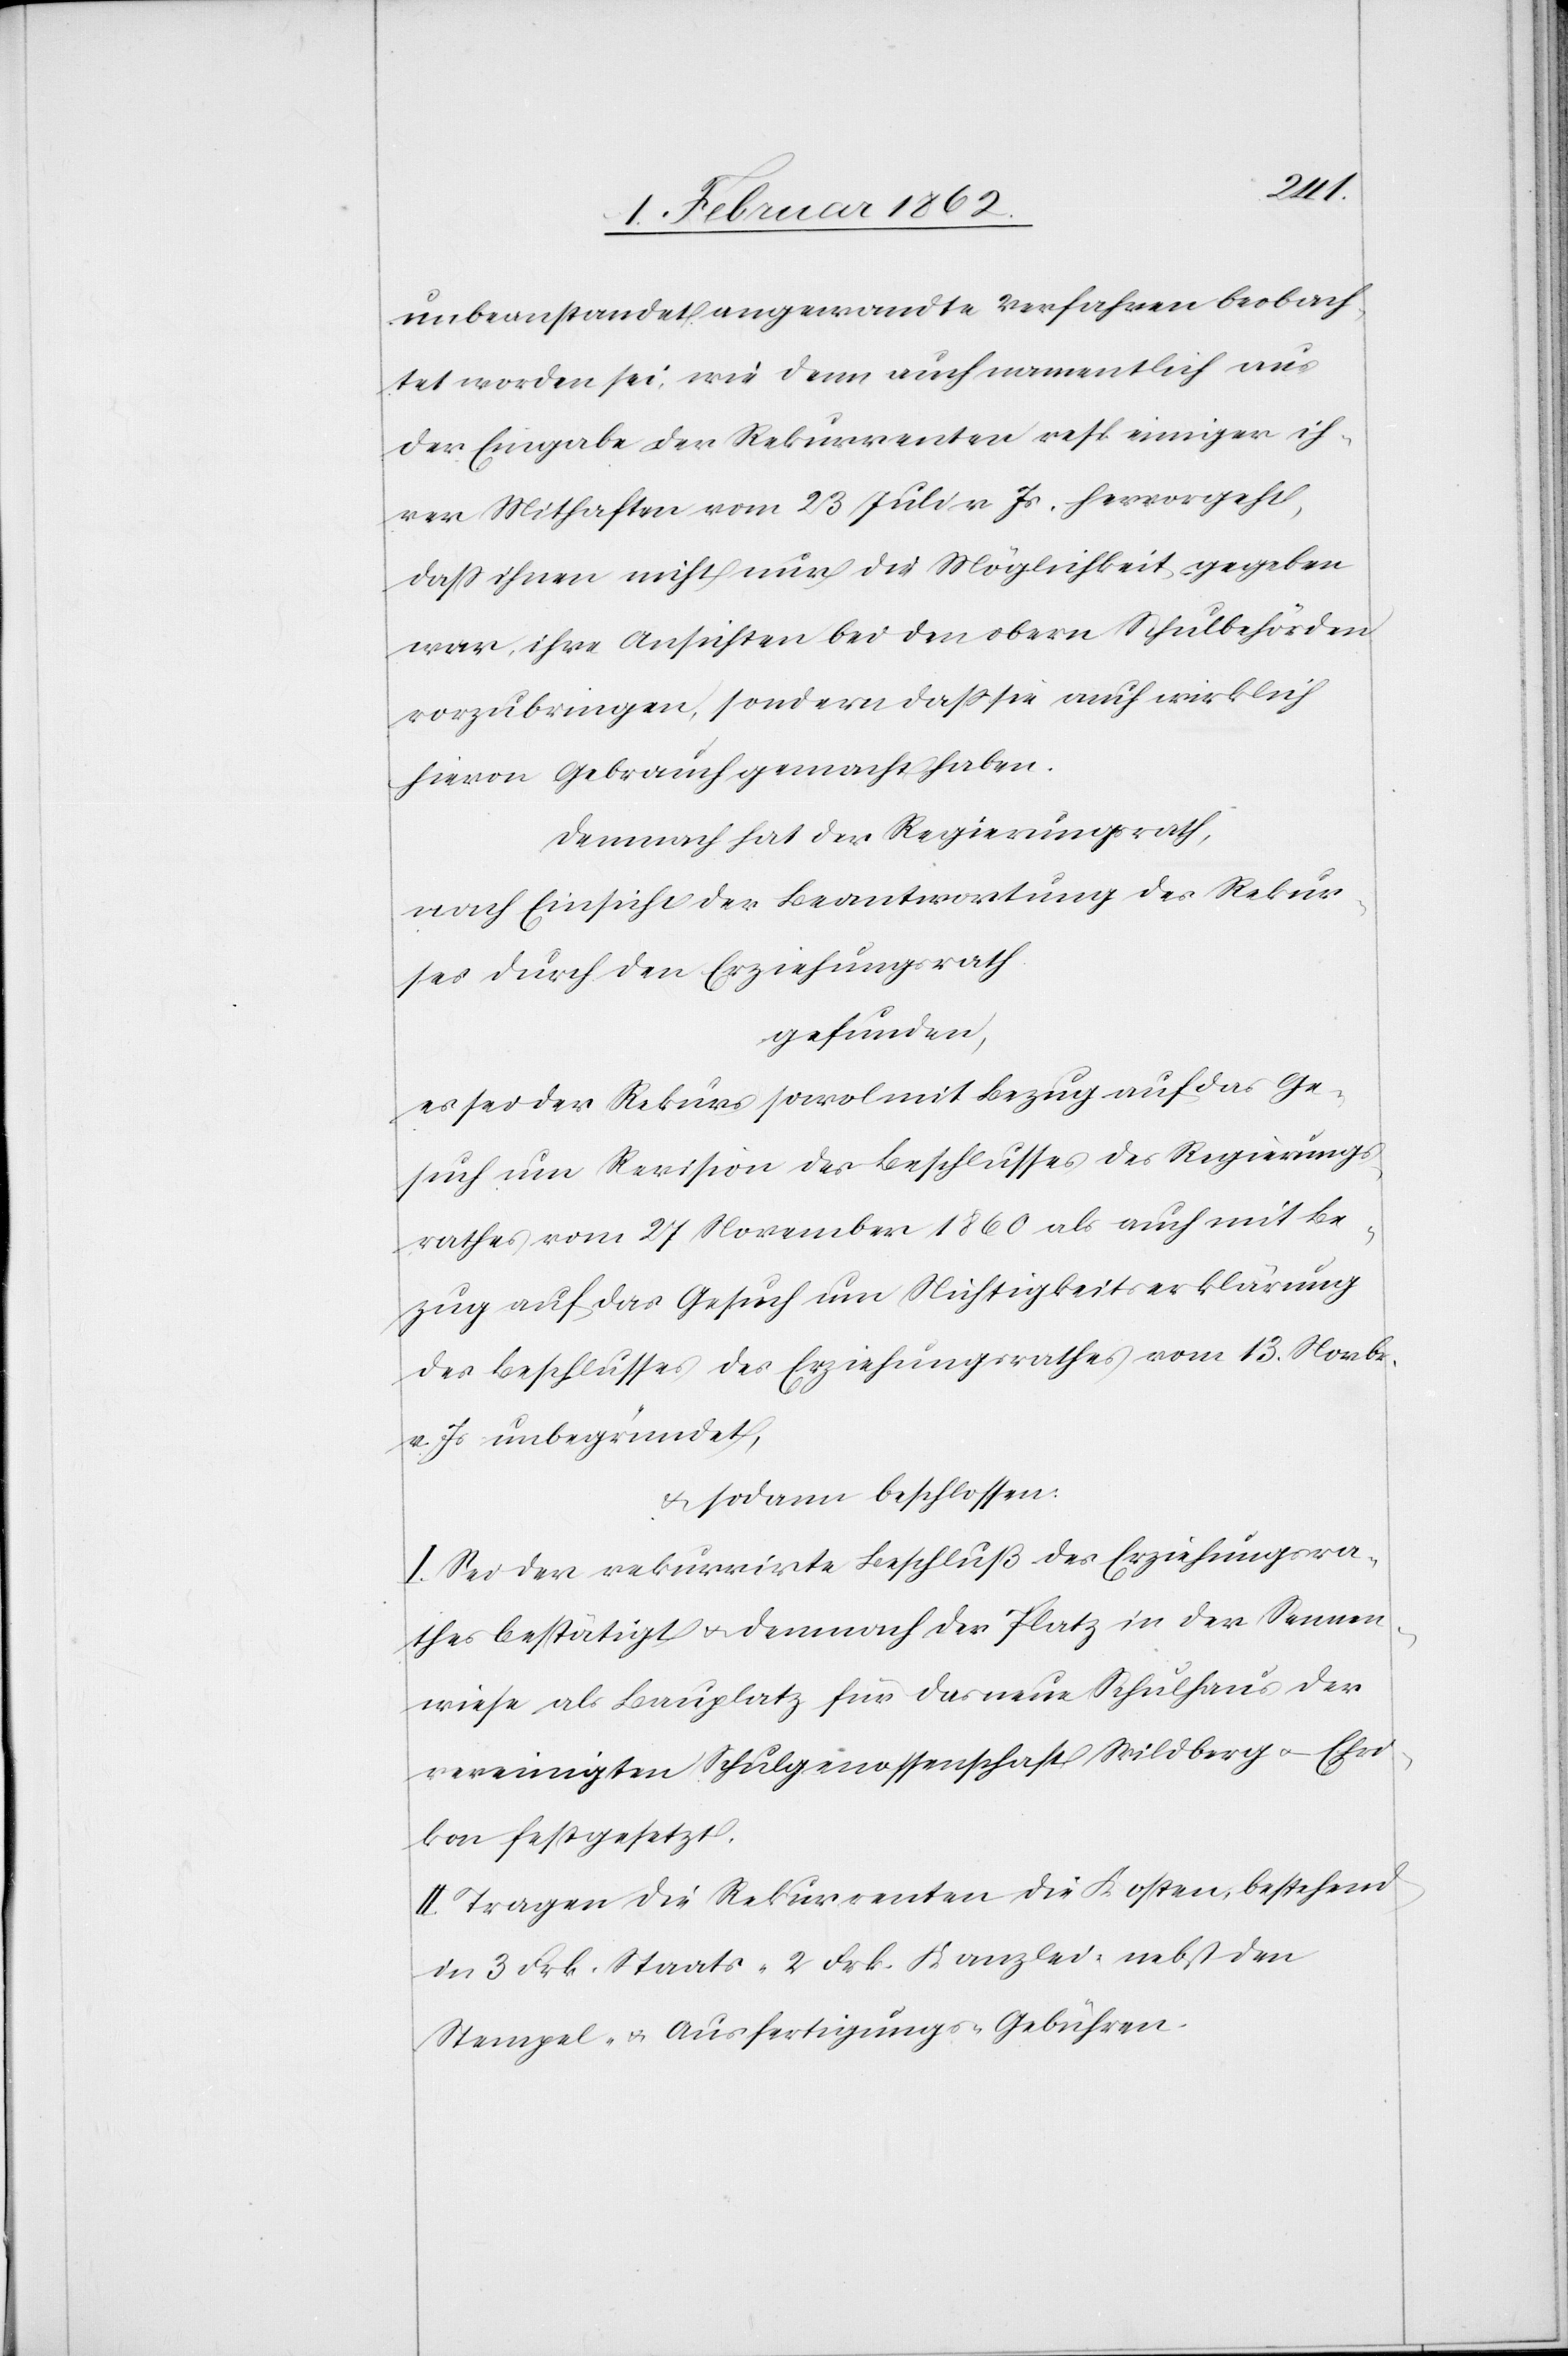
unbeanstandet angewandte Verfahren beobach¬
tet worden sei, wie denn namentlich aus
der Eingabe der Rekurrenten resp einiger ih¬
rer Mithaften vom 23 Juli v Js. hervorgeht,
daß ihnen nicht nur die Möglichkeit gegeben
war, ihre Ansichten bei obern Schulbehörden
vorzubringen, sondern daß sie auch wirklich
hievon Gebrauch gemacht haben.
Demnach hat der Regierungsrath,
nach Einsicht der Beantwortung des Rekur¬
ses durch den Erziehungsrath
gefunden,
es sei der Rekurs sowol mit Bezug auf das Ge¬
such um Revision des Beschlusses des Regierungs¬
rathes vom 27 November 1860 als auch mit Be¬
zug auf das Gesuch um Nichtigkeitserklärung
des Beschlusses des Erziehungsrathes vom 13. Novbr.
v. Js unbegründet,
& sodann beschlossen:
I. Sei der rekurrirte Beschluß des Erziehungsra¬
thes bestätigt u. demnach der Platz in der Sennen¬
wiese als Bauplatz für das neue Schulhaus der
vereinigten Schulgenossenschaft Wildberg u. Ehri¬
kon festgesetzt.
II. Tragen die Rekurrenten die Kosten bestehend
in 3 Frk. Staats- 2 Frk. Kanzlei- nebst den
Stempel- u. Ausfertigungs-Gebühren.